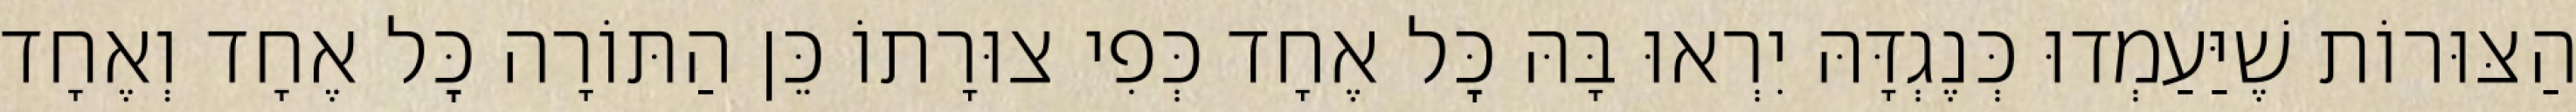
הַצּוּרוֹת שֶׁיַּעַמְדוּ כְּנֶגְדָּהּ יִרְאוּ בָּהּ כׇּל אֶחָד כְּפִי צוּרָתוֹ כֵּן הַתּוֹרָה כׇּל אֶחָד וְאֶחָד